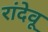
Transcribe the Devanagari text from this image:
रांदेवू